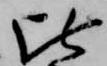
比